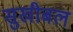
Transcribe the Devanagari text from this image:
सुखीबल